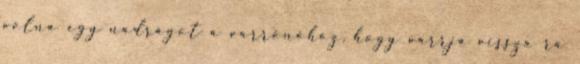
volna egy nadrágot a varrónőhöz, hogy varrja vissza rá